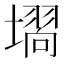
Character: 𭏵